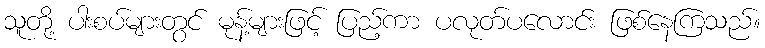
သူတို့ ပါးစပ်များတွင် မုန့်များဖြင့် ပြည့်ကာ ပလုတ်ပလောင်း ဖြစ်နေကြသည်။